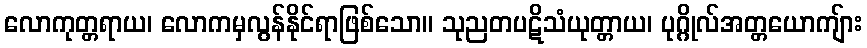
လောကုတ္တရာယ၊ လောကမှလွန်နိုင်ရာဖြစ်သော။ သုညတပဋိသံယုတ္တာယ၊ ပုဂ္ဂိုလ်အတ္တယောကျ်ား